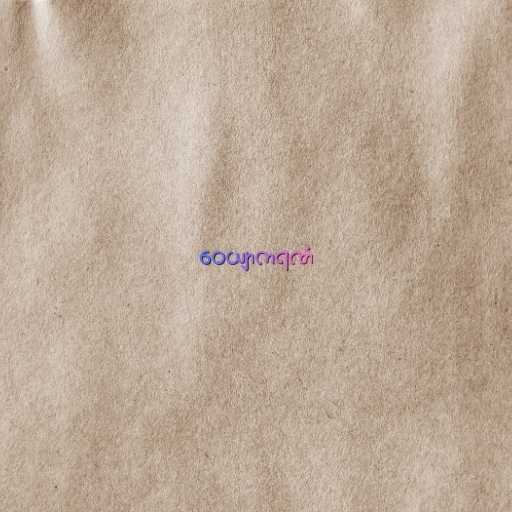
ဝေယျာကရဏံ